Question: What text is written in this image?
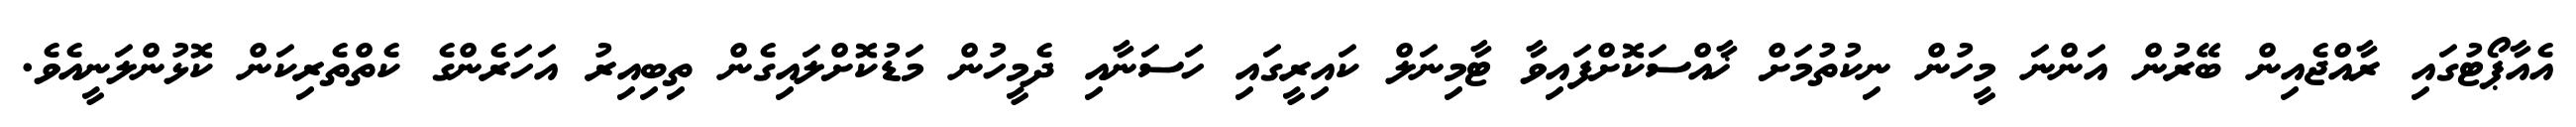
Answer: އެއާޕޯޓުގައި ރާއްޖެއިން ބޭރުން އަންނަ މީހުން ނިކުތުމަށް ޚާއްސަކޮށްފައިވާ ޓާމިނަލް ކައިރީގައި ހަސަނާއި ދެމީހުން މަޑުކޮށްލައިގެން ތިބިއިރު އަހަރެންގެ ކެތްތެރިކަން ކޮޅުންލަނީއެވެ.